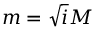
m = \sqrt { i } M